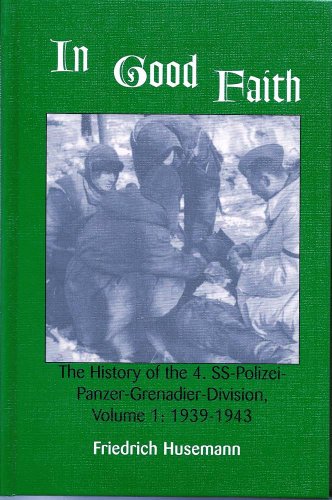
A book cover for In Good Faith: The History of the 4th SS-Polizei-Panzer-Grenadier-Division, Vol. 1: 1939-1943; Friedrich Husemann; History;